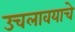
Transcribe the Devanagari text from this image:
उचलावयाचे